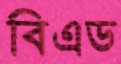
বিএড